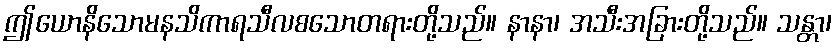
ဤယောနိသောမနသိကာရသီလစသောတရားတို့သည်။ နာနာ၊ အသီးအခြားတို့သည်။ သန္တာ၊